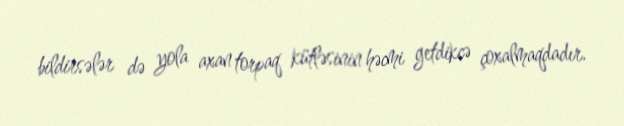
bildirsələr də yola axan torpaq kütləsinin həcmi getdikcə çoxalmaqdadır.